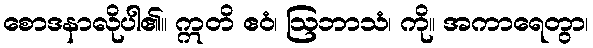
စောဒနာလိုပါ၏။ ဣတိ ဧဝံ၊ ဩဘာသံ၊ ကို။ အကာရေတွာ၊